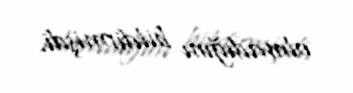
olmadığını bildirmişdi.